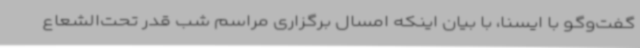
گفت‌وگو با ایسنا، با بیان اینکه امسال برگزاری مراسم شب قدر تحت‌الشعاع